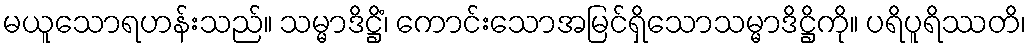
မယူသောရဟန်းသည်။ သမ္မာဒိဋ္ဌိံ၊ ကောင်းသောအမြင်ရှိသောသမ္မာဒိဋ္ဌိကို။ ပရိပူရိဿတိ၊